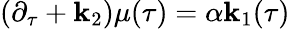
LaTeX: (\partial_{\tau}+\mathbf{k}_{2})\mu(\tau)=\alpha\mathbf{k}_{1}(\tau)